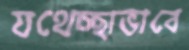
যথেচ্ছাভাবে